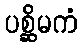
ပစ္ဆိမကံ